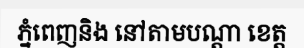
ភ្នំពេញនិង នៅតាមបណ្តា ខេត្ត